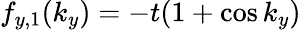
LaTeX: f_{y,1}(k_{y})=-t(1+\cos k_{y})